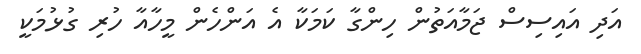
އަދި އައިސިސް ޖަމާއަތުން ހިންގާ ކަމަކާ އެ އަންހެން މީހާއާ ހުރި ގުޅުމަކީ